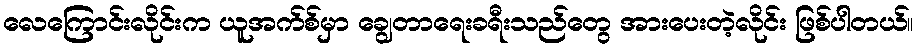
လေကြောင်းလိုင်းက ယူအက်စ်မှာ ချွေတာရေးခရီးသည်တွေ အားပေးတဲ့လိုင်း ဖြစ်ပါတယ်။